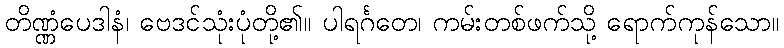
တိဏ္ဏံပေဒါနံ၊ ဗေဒင်သုံးပုံတို့၏။ ပါရင်္ဂတေ၊ ကမ်းတစ်ဖက်သို့ ရောက်ကုန်သော။